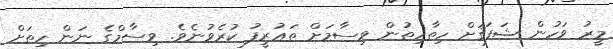
މީރު ވަހުން ޝަފަޤަށް ހިތާހިތުން ވިސާމަށް ތަޢުރީފު ކުރެވުނެވެ. ވިސާމްގެ ނަން ހިތަށް